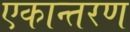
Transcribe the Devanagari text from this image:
एकान्तरण